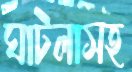
ঘাটলাসহ